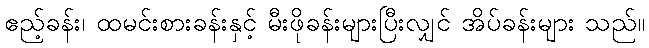
ဧည့်ခန်း၊ ထမင်းစားခန်းနှင့် မီးဖိုခန်းများပြီးလျှင် အိပ်ခန်းများ သည်။